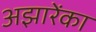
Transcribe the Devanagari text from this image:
अझारेंका